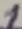
Text: 1